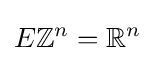
E\mathbb {Z} ^{n}=\mathbb {R} ^{n}